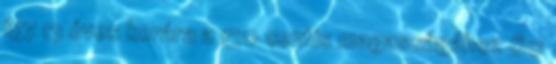
így 13 éves korára a 150 centis magasságához 60